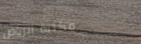
مكتبة الرياض